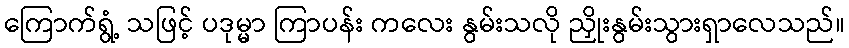
ကြောက်ရွံ့ သဖြင့် ပဒုမ္မာ ကြာပန်း ကလေး နွမ်းသလို ညှိုးနွမ်းသွားရှာလေသည်။